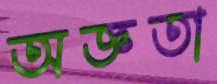
অজ্ঞতা